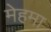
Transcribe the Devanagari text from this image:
मेहमा